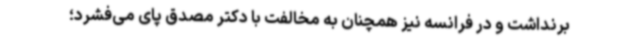
برنداشت و در فرانسه نیز همچنان به مخالفت با دکتر مصدق پای می‌فشرد؛